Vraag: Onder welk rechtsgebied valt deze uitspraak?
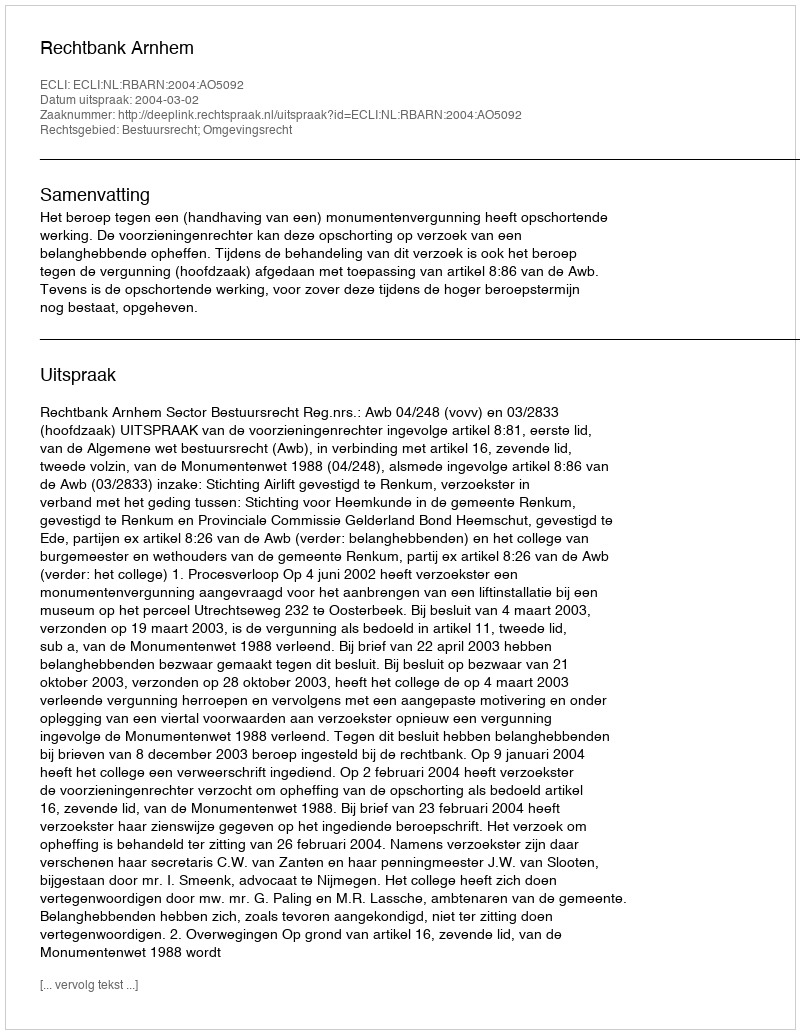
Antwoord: Bestuursrecht; Omgevingsrecht